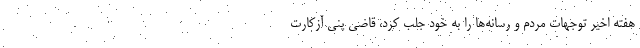
هفته اخیر توجهات مردم و رسانه‌ها را به خود جلب کرد، قاضی پنی آزکارت